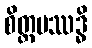
စိတ္တပဿဒ္ဓိ